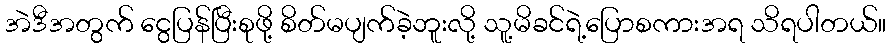
အဲဒီအတွက် ငွေပြန်ပြီးစုဖို့ စိတ်မပျက်ခဲ့ဘူးလို့ သူ့မိခင်ရဲ့ပြောစကားအရ သိရပါတယ်။